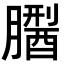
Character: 𦡅